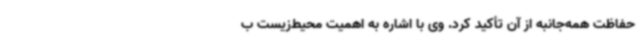
حفاظت همه‌جانبه از آن تأکید کرد. وی با اشاره به اهمیت محیط‌زیست ب